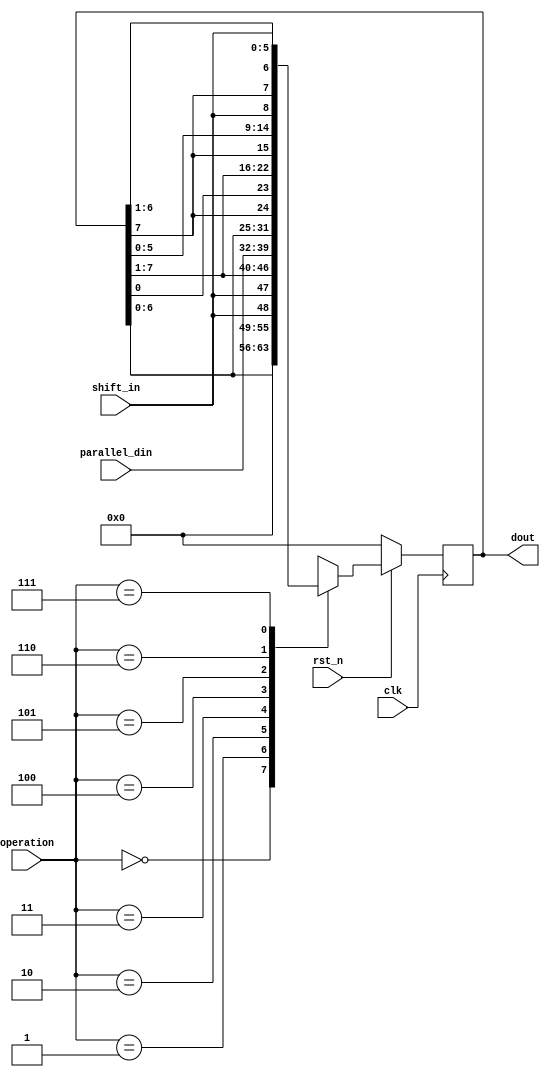
module universal_shiftreg
#(parameter WIDTH = 8)
(
    input clk,
    input rst_n,
    input [2:0] operation,
    input shift_in,
    input [WIDTH-1:0] parallel_din,
    output reg [WIDTH-1:0] dout
);

    always @(posedge clk)
    begin
        if(!rst_n)
            dout <= 0;
        else
            begin
                case(operation)
                    3'b000: dout <= 0;                                          // reset register
                    3'b001: dout <= {dout[WIDTH-2:0], shift_in};                // shift left logical
                    3'b010: dout <= {shift_in, dout[WIDTH-1:1]};                // shift right logical
                    3'b011: dout <= parallel_din;                               // parallel load
                    3'b100: dout <= {dout[WIDTH-2:0], dout[WIDTH-1]};           // rotate left
                    3'b101: dout <= {dout[0], dout[WIDTH-1:1]};                 // rotate right
                    3'b110: dout <= {dout[WIDTH-1], dout[WIDTH-3:0], shift_in}; // shift left numerical
                    3'b111: dout <= {dout[WIDTH-1], shift_in, dout[WIDTH-2:1]}; // shift right numerical
                    default: dout <= dout;                                      // maintain value
                endcase
            end
    end

endmodule